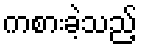
ကစားခဲ့သည့်